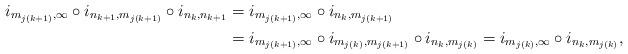
LaTeX: \begin{align*}i_{m_{j(k+1)}, \infty} \circ i_{n_{k+1}, m_{j(k+1)}} \circ i_{n_k, n_{k+1}} &= i_{m_{j(k+1)}, \infty} \circ i_{n_k, m_{j(k+1)}}\\ &= i_{m_{j(k+1)}, \infty} \circ i_{m_{j(k)}, m_{j(k+1)}} \circ i_{n_k, m_{j(k)}} = i_{m_{j(k)}, \infty} \circ i_{n_k, m_{j(k)}},\end{align*}